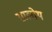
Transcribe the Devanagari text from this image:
सालोथ